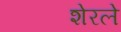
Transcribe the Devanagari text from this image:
शेरले